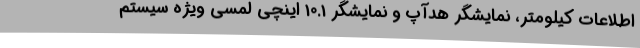
اطلاعات کیلومتر، نمایشگر هدآپ و نمایشگر 10.1 اینچی لمسی ویژه سیستم